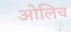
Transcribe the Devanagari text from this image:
ओलिच